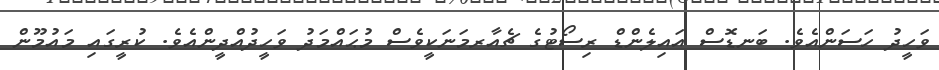
ވަހީދު ހަސަންއެވެ. ބަނޑޮސް އައިލެންޑް ރިސޯޓުގެ ޗެއާރމަނަކީވެސް މުޙައްމަދު ވަހީދުއްދީންއެވެ. ކުރީގައި މައުމޫން